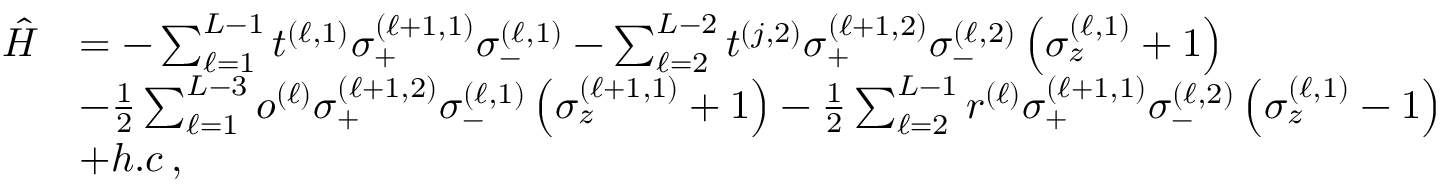
\begin{array} { r l } { \hat { H } } & { = - \sum _ { \ell = 1 } ^ { L - 1 } t ^ { ( \ell , 1 ) } \sigma _ { + } ^ { ( \ell + 1 , 1 ) } \sigma _ { - } ^ { ( \ell , 1 ) } - \sum _ { \ell = 2 } ^ { L - 2 } t ^ { ( j , 2 ) } \sigma _ { + } ^ { ( \ell + 1 , 2 ) } \sigma _ { - } ^ { ( \ell , 2 ) } \left( \sigma _ { z } ^ { ( \ell , 1 ) } + 1 \right) } \\ & { - \frac { 1 } { 2 } \sum _ { \ell = 1 } ^ { L - 3 } o ^ { ( \ell ) } \sigma _ { + } ^ { ( \ell + 1 , 2 ) } \sigma _ { - } ^ { ( \ell , 1 ) } \left( \sigma _ { z } ^ { ( \ell + 1 , 1 ) } + 1 \right) - \frac { 1 } { 2 } \sum _ { \ell = 2 } ^ { L - 1 } r ^ { ( \ell ) } \sigma _ { + } ^ { ( \ell + 1 , 1 ) } \sigma _ { - } ^ { ( \ell , 2 ) } \left( \sigma _ { z } ^ { ( \ell , 1 ) } - 1 \right) } \\ & { + h . c \, , } \end{array}